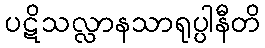
ပဋိသလ္လာနသာရုပ္ပါနီတိ